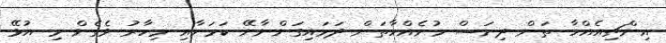
އިންޗިއެއްހާ ތަން ދިނަސް މުށެއްހާތަން ދަމައިގަންނާނޭ ކަމަށާއި މިހާރު ވެގެން މި އުޅޭ